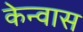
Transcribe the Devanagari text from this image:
केन्वास